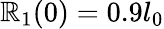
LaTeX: \mathbb{R}_{1}(0)=0.9l_{0}